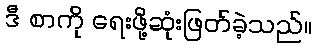
ဒီ စာကို ရေးဖို့ဆုံးဖြတ်ခဲ့သည်။